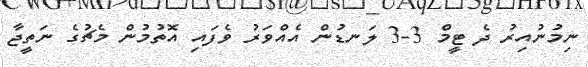
ނިމުނުއިރު ދެ ޓީމް 3-3 ލަނޑުން އެއްވަރު ވެފައި އޮތުމުން މެޗުގެ ނަތީޖާ